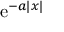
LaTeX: \operatorname { e } ^ { - a | x | }